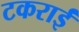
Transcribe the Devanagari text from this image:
टकराईं